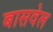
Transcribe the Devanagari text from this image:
बासवेल